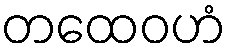
တထေဝဟံ